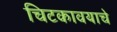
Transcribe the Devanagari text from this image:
चिटकावयाचे